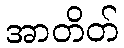
အာတိတ်